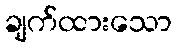
ချက်ထားသော